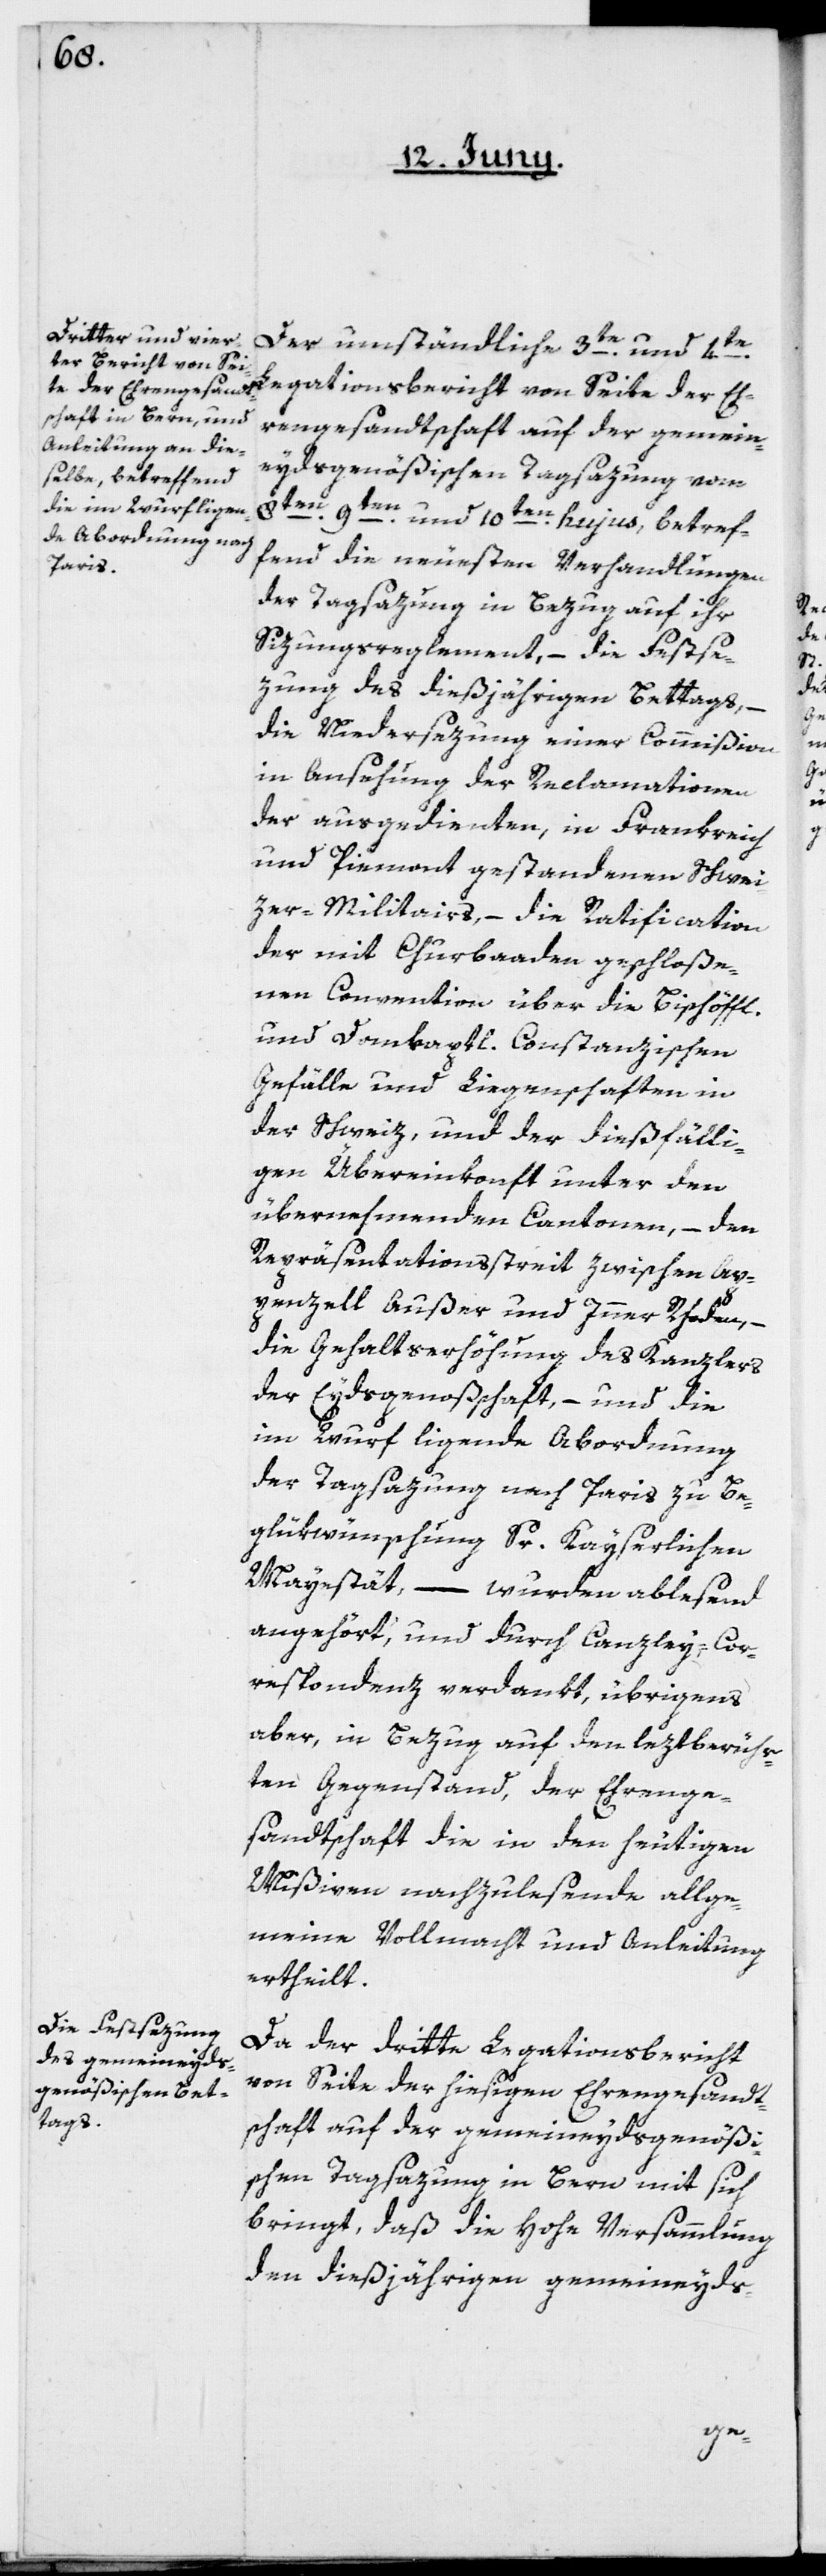
Der umständliche 3te und 4te
Legationsbericht von Seite der Eh¬
rengesandtschaft auf der gemein¬
eydsgenößischen Tagsazung vom
8ten, 9te¬
n und 10ten hujus, betref¬
fend die neuesten Verhandlungen
der Tagsazung in Bezug auf ihr
Sizungsreglement, – die Festse¬
zung des dießjährigen Bettags, –
die Niedersezung einer Commißion
in Ansehung der Reclamationen
der ausgedienten, in Frankreich
und Piemont gestandenen Schwei¬
zer-Militairs, – die Ratification
der mit Churbaaden geschloße¬
nen Convention über die Bischöffl.
und Domkaptl. Constanzischen
Gefälle und Liegenschaften in
der Schweiz, und der dießfälli¬
gen Übereinkonft unter den
übernehmenden Cantonen, – den
Repräsentationsstreit zwischen Ap¬
penzell Außer und Inner Rhoden,
die Gehaltserhöhung des Kanzlers
der Eydsgenoßschaft, – und die
im Wurf ligende Abordnung
der Tagsazung nach Paris zu Be¬
glükwünschung Sr. Kayserlichen
Mayestät, – wurden ablesend
angehört, und durch Canzley-Cor¬
respondenz verdankt, übrigens
aber, in Bezug auf den leztberühr¬
ten Gegenstand, der Ehrenge¬
sandtschaft die in den heutigen
Mißiven nachzulesende allge¬
meine Vollmacht und Anleitung
ertheilt.
Da der dritte Legationsbericht
von Seite der hiesigen Ehrengesandt¬
schaft auf der gemeineydsgenößi¬
schen Tagsazung in Bern mit sich
bringt, daß die hohe Versammlung
den dießjährigen gemeineyds-